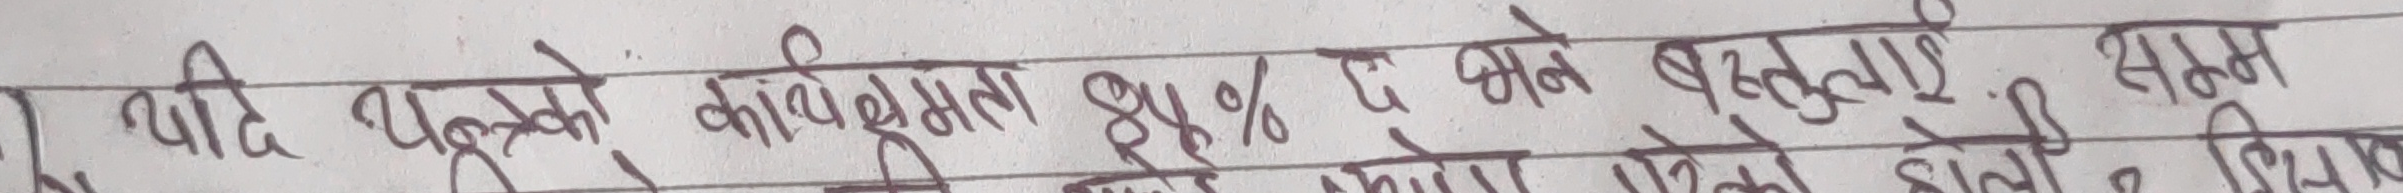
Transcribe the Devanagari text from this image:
यदि प्रत्येको कार्यक्षमता ४४% छ भने बस्तुलाई सम